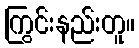
ကြွင်းနည်းတူ။